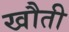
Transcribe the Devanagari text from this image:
खौती